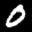
Label: 0